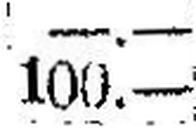
100.—